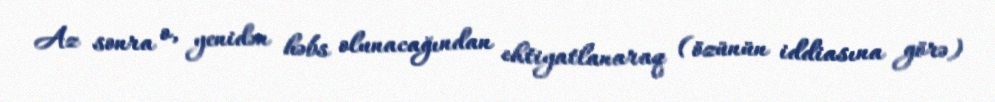
Az sonra o, yenidən həbs olunacağından ehtiyatlanaraq (özünün iddiasına görə)